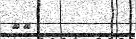
٣٣